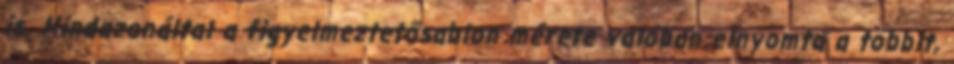
is. Mindazonáltal a figyelmeztetősablon mérete valóban elnyomta a többit,